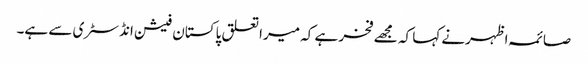
صائمہ اظہرنے کہا کہ مجھے فخر ہے کہ میرا تعلق پاکستان فیشن انڈسٹری سے ہے۔